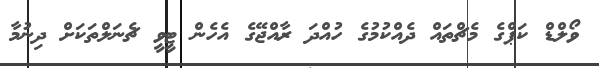
ވޯލްޑް ކަޕްގެ މެޗްތައް ދެއްކުމުގެ ހުއްދަ ރާއްޖޭގެ އެހެން ޓީވީ ޗެނަލްތަކަށް ދިނުމާ